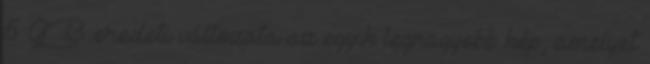
6 GB eredeti változata az egyik legnagyobb kép, amelyet